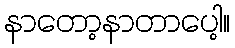
နာတော့နာတာပေါ့။